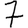
Digit: 7